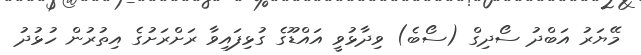
މޭޔަރު އަބްދު ސޯދިގް (ސޯބެ) ވިދާޅުވީ އައްޑޫގެ ގުޅިފައިވާ ރަށްރަށުގެ އިތުރުން ހުޅުދު